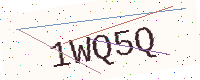
Text: 1WQ5Q